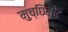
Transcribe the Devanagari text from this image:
मुच्छिलोट